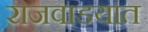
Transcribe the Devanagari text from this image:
राजवाडयात